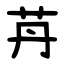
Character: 䒟